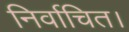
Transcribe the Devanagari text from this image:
निर्वाचित।